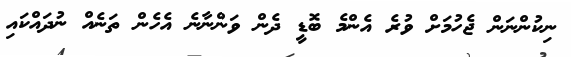
ނިކުންނަން ޖެހުމަށް ވުރެ އެންމެ ބޮޑީ ދެން ވަންނާނެ އެހެން ތަނެއް ނުދައްކައި